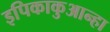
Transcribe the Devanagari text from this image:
इपिकाकुआन्हा